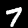
Label: 7